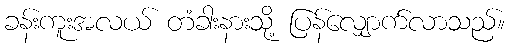
ခန်းကူးအလယ် တံခါးနားသို့ ပြန်လျှောက်လာသည်။